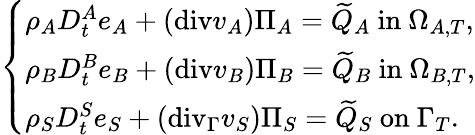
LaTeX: \left\{ \begin{array}{ll}{\rho_{A}D_{t}^{A}e_{A}+(\mathrm{{div}}v_{A})\Pi_{A}=\widetilde{Q}_{A}\mathrm{~in~}\Omega_{A,T},}\\ {\rho_{B}D_{t}^{B}e_{B}+({\mathrm{div}}v_{B})\Pi_{B}=\widetilde{Q}_{B}\mathrm{~in~}\Omega_{B,T},}\\ {\rho_{S}D_{t}^{S}e_{S}+(\mathrm{{div}}_{\Gamma}v_{S})\Pi_{S}=\widetilde{Q}_{S}\mathrm{~on~}\Gamma_{T}.}\end{array}\right.